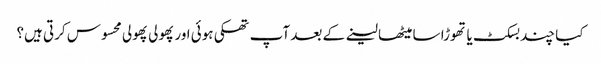
کیا چند بسکٹ یا تھوڑا سا میٹھا لینے کے بعد آپ تھکی ہوئی اور پھولی پھولی محسوس کرتی ہیں؟